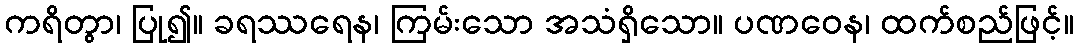
ကရိတွာ၊ ပြု၍။ ခရဿရေန၊ ကြမ်းသော အသံရှိသော။ ပဏဝေန၊ ထက်စည်ဖြင့်။